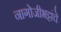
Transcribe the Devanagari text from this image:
नागोजीभट्टांचे